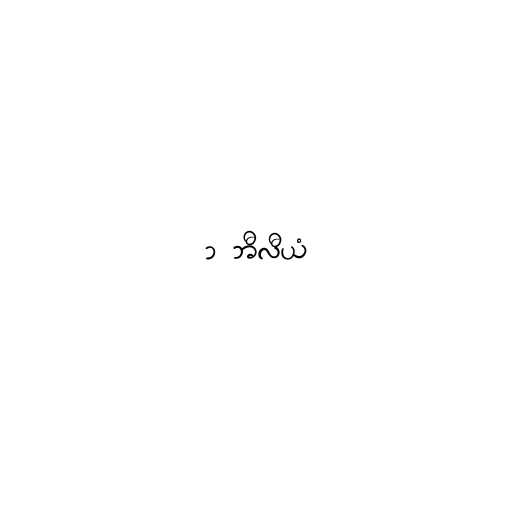
၁ ဘီလီယံ